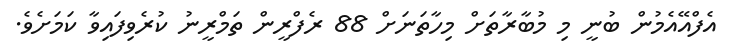
އެފްއޭއެމުން ބުނީ މި މުބާރާތަށް މިހާތަނަށް 88 ރެފްރީން ތަމްރީނު ކުރެވިފައިވާ ކަމަށެވެ.